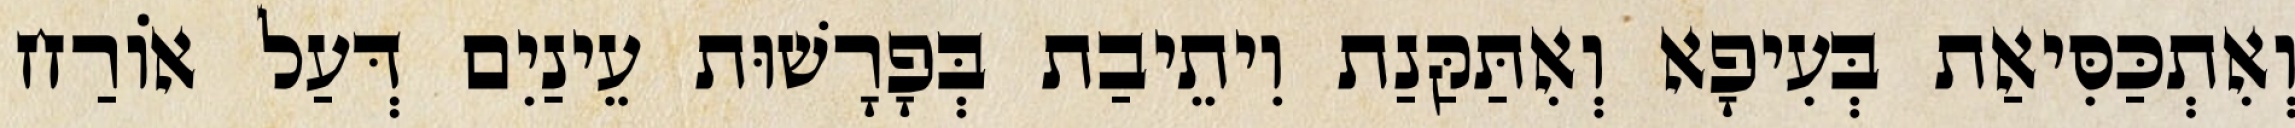
וְאִתְכַּסִּיאַת בְּעִיפָא וְאִתַּקַּנַת וִיתֵיבַת בְּפָרָשׁוּת עֵינַיִם דְּעַל אוֹרַח